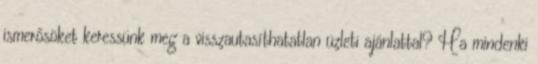
ismerősöket keressünk meg a visszautasíthatatlan üzleti ajánlattal? Ha mindenki